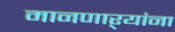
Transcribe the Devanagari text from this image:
मानणाऱ्यांना